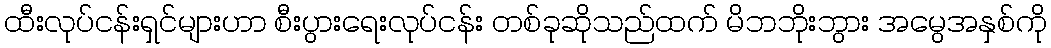
ထီးလုပ်ငန်းရှင်များဟာ စီးပွားရေးလုပ်ငန်း တစ်ခုဆိုသည်ထက် မိဘဘိုးဘွား အမွေအနှစ်ကို